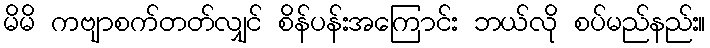
မိမိ ကဗျာစက်တတ်လျှင် စိန်ပန်းအကြောင်း ဘယ်လို စပ်မည်နည်း။